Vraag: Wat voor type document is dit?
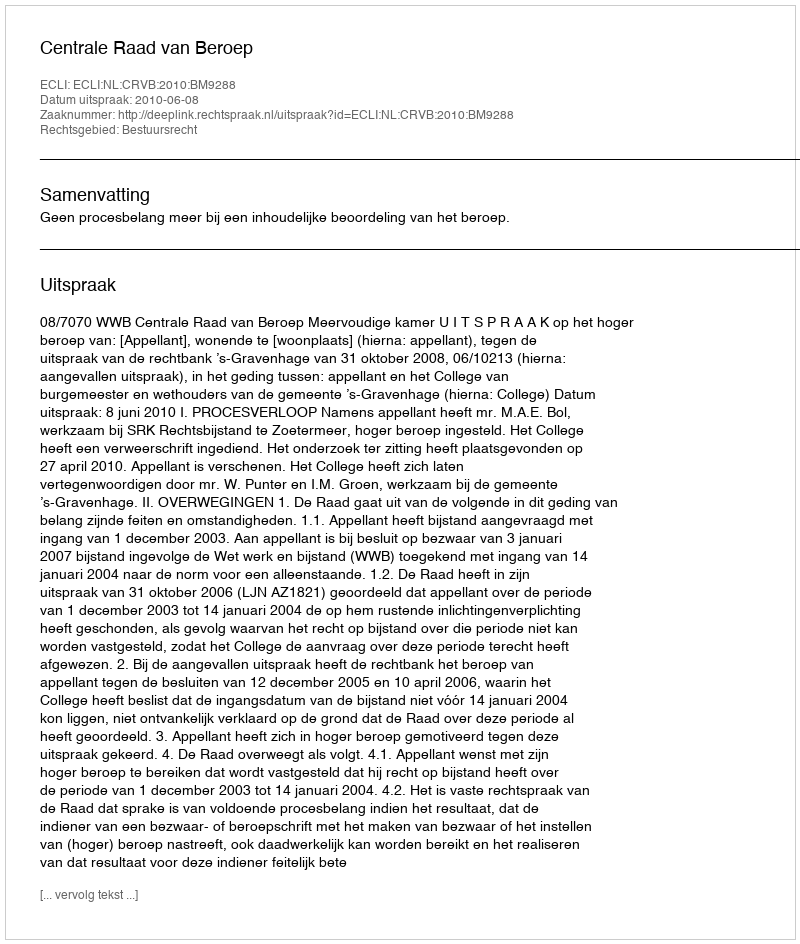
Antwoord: Uitspraak